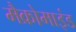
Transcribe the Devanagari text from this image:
मैक्रोमाइंड